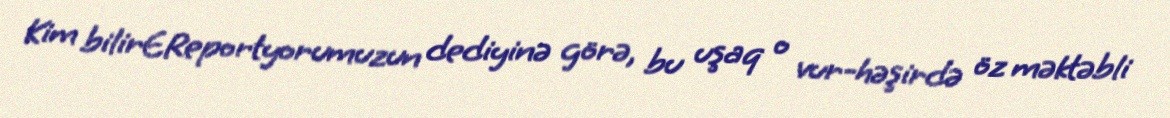
Kim bilirEReportyorumuzun dediyinə görə, bu uşaq o vur-həşirdə öz məktəbli